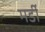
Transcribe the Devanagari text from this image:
मर्डी